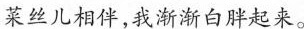
菜丝儿相伴,我渐渐白胖起来。